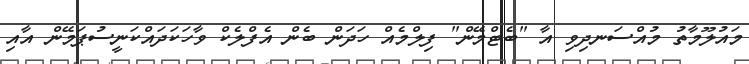
މައުލޫމާތު މުއްސަނދިވި އާ "ބެޓްމޭން" ފިލްމެއް ހަދަން ބެން އެފްލެކް ވާހަކަދައްކަނީސުޕަމޭން އާއި